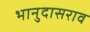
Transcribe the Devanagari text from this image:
भानुदासराव